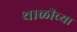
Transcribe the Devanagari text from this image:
थाळीच्या